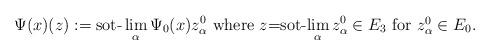
LaTeX: \begin{align*}\Psi(x)(z):=\mbox{sot-}\lim_{\alpha} \Psi_0 (x)z^0_{\alpha}~\mbox{where $z$=sot-$\displaystyle\lim_{\alpha}z^0_{\alpha}\in E_3$ for $z^0_{\alpha}\in E_0$.}~\end{align*}